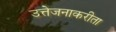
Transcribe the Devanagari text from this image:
उत्तेजनाकरीता